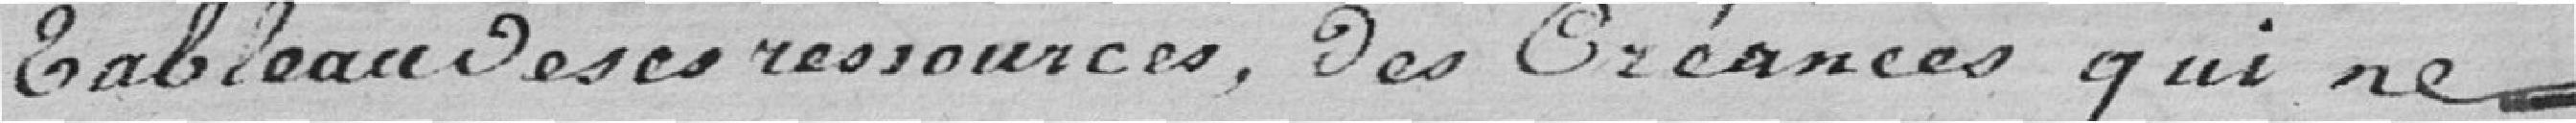
tableau ses ressources, des créances qui ne